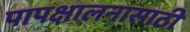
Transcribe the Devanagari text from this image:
पापक्षालनासाठी